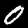
Label: 0